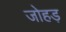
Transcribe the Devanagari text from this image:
जोहड़